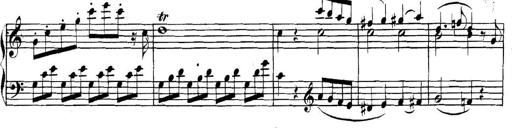
Title: Collected Piano Sonatas
Composer: Muzio Clementi